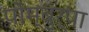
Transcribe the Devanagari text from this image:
पोम्बुर्पा